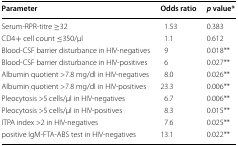
<table><thead><tr><td><b>Parameter</b></td><td><b>Odds ratio</b></td><td><b><i>p</i> value*</b></td></tr></thead><tbody><tr><td>Serum-RPR-titre ≥32</td><td>1.53</td><td>0.383</td></tr><tr><td>CD4+ cell count ≤350/μl</td><td>1.1</td><td>0.612</td></tr><tr><td>Blood-CSF barrier disturbance in HIV-negatives</td><td>9</td><td>0.018**</td></tr><tr><td>Blood-CSF barrier disturbance in HIV-positives</td><td>6</td><td>0.027**</td></tr><tr><td>Albumin quotient &gt;7.8 mg/dl in HIV-negatives</td><td>8.0</td><td>0.026**</td></tr><tr><td>Albumin quotient &gt;7.8 mg/dl in HIV-positives</td><td>23.3</td><td>0.006**</td></tr><tr><td>Pleocytosis &gt;5 cells/μl in HIV-negatives</td><td>6.7</td><td>0.006**</td></tr><tr><td>Pleocytosis &gt;5 cells/μl in HIV-positives</td><td>8.3</td><td>0.015**</td></tr><tr><td>ITPA index &gt;2 in HIV-negatives</td><td>7.6</td><td>0.025**</td></tr><tr><td>positive IgM-FTA-ABS test in HIV-negatives</td><td>13.1</td><td>0.022**</td></tr></tbody></table>